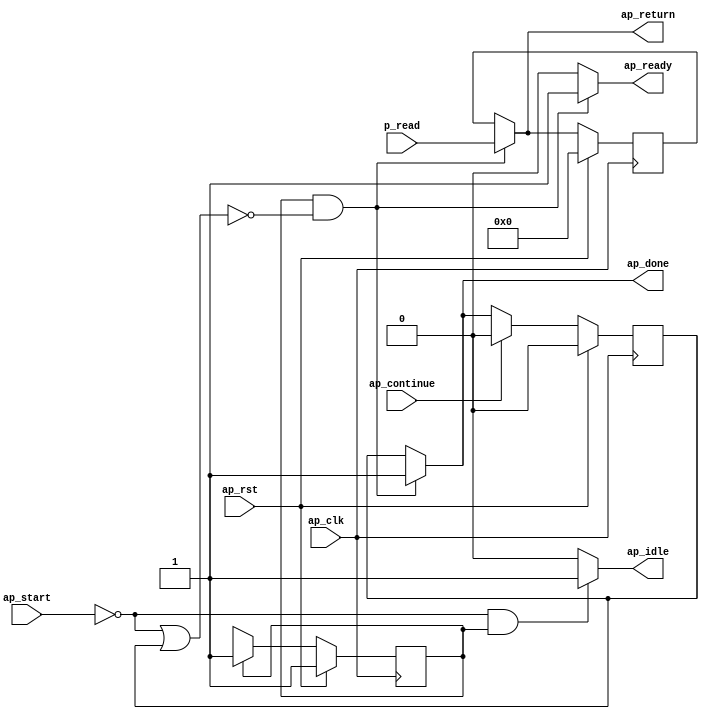
module p_source_files_sr (
        ap_clk,
        ap_rst,
        ap_start,
        ap_done,
        ap_continue,
        ap_idle,
        ap_ready,
        p_read,
        ap_return
);

parameter    ap_ST_fsm_state1 = 1'd1;

input   ap_clk;
input   ap_rst;
input   ap_start;
output   ap_done;
input   ap_continue;
output   ap_idle;
output   ap_ready;
input  [63:0] p_read;
output  [63:0] ap_return;

reg ap_done;
reg ap_idle;
reg ap_ready;
reg[63:0] ap_return;

reg    ap_done_reg;
(* fsm_encoding = "none" *) reg   [0:0] ap_CS_fsm;
wire    ap_CS_fsm_state1;
reg    ap_block_state1;
reg   [63:0] ap_return_preg;
reg   [0:0] ap_NS_fsm;

// power-on initialization
initial begin
#0 ap_done_reg = 1'b0;
#0 ap_CS_fsm = 1'd1;
#0 ap_return_preg = 64'd0;
end

always @ (posedge ap_clk) begin
    if (ap_rst == 1'b1) begin
        ap_CS_fsm <= ap_ST_fsm_state1;
    end else begin
        ap_CS_fsm <= ap_NS_fsm;
    end
end

always @ (posedge ap_clk) begin
    if (ap_rst == 1'b1) begin
        ap_done_reg <= 1'b0;
    end else begin
        if ((1'b1 == ap_continue)) begin
            ap_done_reg <= 1'b0;
        end else if (((1'b1 == ap_CS_fsm_state1) & ~((1'b0 == ap_start) | (ap_done_reg == 1'b1)))) begin
            ap_done_reg <= 1'b1;
        end
    end
end

always @ (posedge ap_clk) begin
    if (ap_rst == 1'b1) begin
        ap_return_preg <= 64'd0;
    end else begin
        if (((1'b1 == ap_CS_fsm_state1) & ~((1'b0 == ap_start) | (ap_done_reg == 1'b1)))) begin
            ap_return_preg <= p_read;
        end
    end
end

always @ (*) begin
    if (((1'b1 == ap_CS_fsm_state1) & ~((1'b0 == ap_start) | (ap_done_reg == 1'b1)))) begin
        ap_done = 1'b1;
    end else begin
        ap_done = ap_done_reg;
    end
end

always @ (*) begin
    if (((1'b0 == ap_start) & (1'b1 == ap_CS_fsm_state1))) begin
        ap_idle = 1'b1;
    end else begin
        ap_idle = 1'b0;
    end
end

always @ (*) begin
    if (((1'b1 == ap_CS_fsm_state1) & ~((1'b0 == ap_start) | (ap_done_reg == 1'b1)))) begin
        ap_ready = 1'b1;
    end else begin
        ap_ready = 1'b0;
    end
end

always @ (*) begin
    if (((1'b1 == ap_CS_fsm_state1) & ~((1'b0 == ap_start) | (ap_done_reg == 1'b1)))) begin
        ap_return = p_read;
    end else begin
        ap_return = ap_return_preg;
    end
end

always @ (*) begin
    case (ap_CS_fsm)
        ap_ST_fsm_state1 : begin
            ap_NS_fsm = ap_ST_fsm_state1;
        end
        default : begin
            ap_NS_fsm = 'bx;
        end
    endcase
end

assign ap_CS_fsm_state1 = ap_CS_fsm[32'd0];

always @ (*) begin
    ap_block_state1 = ((1'b0 == ap_start) | (ap_done_reg == 1'b1));
end

endmodule